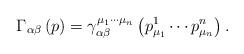
LaTeX: \begin{align*}\Gamma _{\alpha \beta }\left( p\right) =\gamma _{\alpha \beta }^{\mu_1\cdots \mu _n}\left( p_{\mu _1}^1\cdots p_{\mu _n}^n\right) . \end{align*}